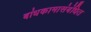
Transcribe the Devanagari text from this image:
बांधकामासंबंधित